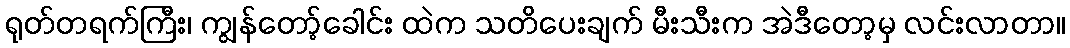
ရုတ်တရက်ကြီး၊ ကျွန်တော့်ခေါင်း ထဲက သတိပေးချက် မီးသီးက အဲဒီတော့မှ လင်းလာတာ။